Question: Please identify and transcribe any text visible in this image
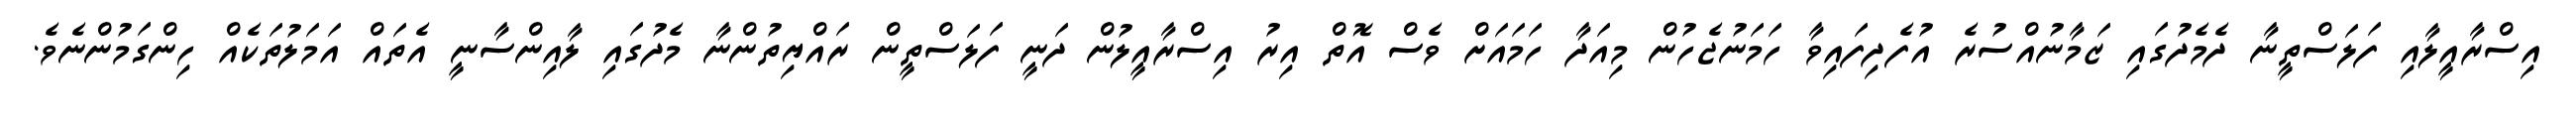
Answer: އިސްރާއީލާއި ފަލަސްތީނާ ދެމެދުގައި ޒަމާނުއްސުރެ އުފެދިފައިވާ ހަމަނުޖެހުން މިއަދާ ހަމައަށް ވެސް އޮތް އިރު އިސްރާއީލުން ދަނީ ފަލަސްތީން ރައްޔިތުންނާ މެދުގައި ލާއިންސާނީ އެތައް އަމަލުތަކެއް ހިންގަމުންނެވެ.